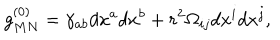
LaTeX: g _ { M N } ^ { ( 0 ) } = \gamma _ { a b } d x ^ { a } d x ^ { b } + r ^ { 2 } \Omega _ { i j } d x ^ { i } d x ^ { j } ,